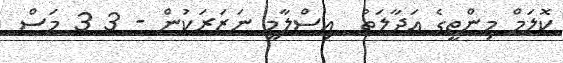
ކޮލަމް މިންތީގެ ޢަދާލަތު  އިސްލާމީ ނަޒަރަކުން - 3 3 މަސް